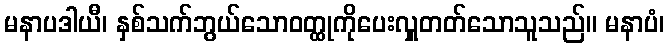
မနာပဒါယီ၊ နှစ်သက်ဘွယ်သောဝတ္ထုကိုပေးလှူတတ်သောသူသည်။ မနာပံ၊